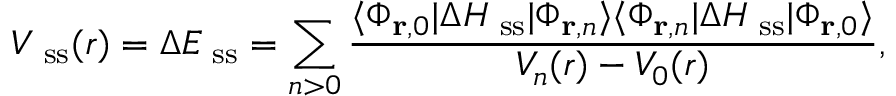
V _ { \mathrm { \scriptsize ~ s s } } ( r ) = \Delta E _ { \mathrm { \scriptsize ~ s s } } = \sum _ { n > 0 } \frac { \langle \Phi _ { { \mathbf r } , 0 } | \Delta H _ { \mathrm { \scriptsize ~ s s } } | \Phi _ { { \mathbf r } , n } \rangle \langle \Phi _ { { \mathbf r } , n } | \Delta H _ { \mathrm { \scriptsize ~ s s } } | \Phi _ { { \mathbf r } , 0 } \rangle } { V _ { n } ( r ) - V _ { 0 } ( r ) } ,